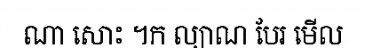
ណា សោះ ។ក ល្យាណ បែរ មើល